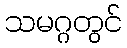
သမဂ္ဂတွင်